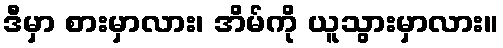
ဒီမှာ စားမှာလား၊ အိမ်ကို ယူသွားမှာလား။